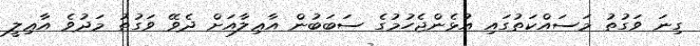
ގިނަ ވަގުތު މަސައްކަތުގައި އުޅެންޖެހުމުގެ ސަބަބުން އާޢިލާއަށް ދެވޭ ވަގުތު މަދުވެ އާޢިލީ